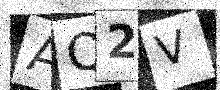
Text: AQ2V